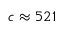
c \approx 5 2 1